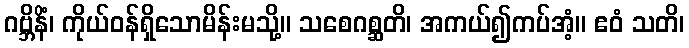
ဂဗ္ဘိနိံ၊ ကိုယ်ဝန်ရှိသောမိန်းမသို့။ သစေဂစ္ဆတိ၊ အကယ်၍ကပ်အံ့။ ဧဝံ သတိ၊